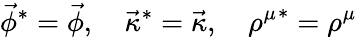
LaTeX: \vec{\phi}^{*}=\vec{\phi},\quad\vec{\kappa}^{*}=\vec{\kappa},\quad{\rho^{\mu}}^{*}=\rho^{\mu}